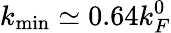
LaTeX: k_{\mathrm{min}}\simeq 0.64k_{F}^{0}